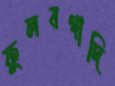
ফুলবগাদি